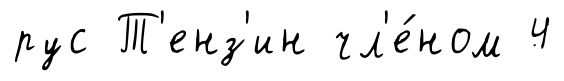
рус Т'енз'ин чл'е́ном 4